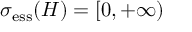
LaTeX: \sigma _ { \mathrm { e s s } } ( H ) = [ 0 , + \infty )